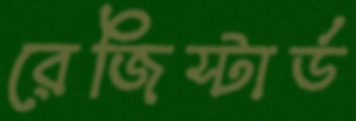
রেজিস্টার্ড